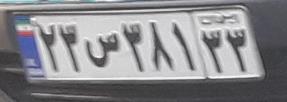
۲۳س۳۸۱۳۳